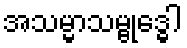
အသမ္မာသမ္ဗုဒ္ဓေါ